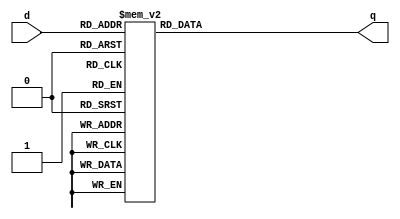
module _3_to_8_decoder(d, q);				//3_to_8_decoder
	input 	  [2:0] d;						// 3bits input d
	output reg [7:0] q;						// 8bits output reg q
	
	always@(d) begin							
		case(d)					
			3'b000: q=8'b00000001;			//one-hot encoding
			3'b001: q=8'b00000010;
			3'b010: q=8'b00000100;
			3'b011: q=8'b00001000;
			3'b100: q=8'b00010000;
			3'b101: q=8'b00100000;
			3'b110: q=8'b01000000;
			3'b111: q=8'b10000000;
			default: q=8'hx;					//when default, unknown
		endcase
	end
endmodule